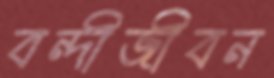
বন্দীজীবন